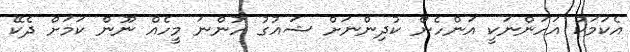
އެކަމަކު އަހަންނަކީ އަންހެން ކުދިންނަށް ޝައުގު ހުންނަ މީހެއް ނޫން ކަމަށް ދެކޭ